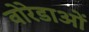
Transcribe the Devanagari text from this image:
वोरेडाओं